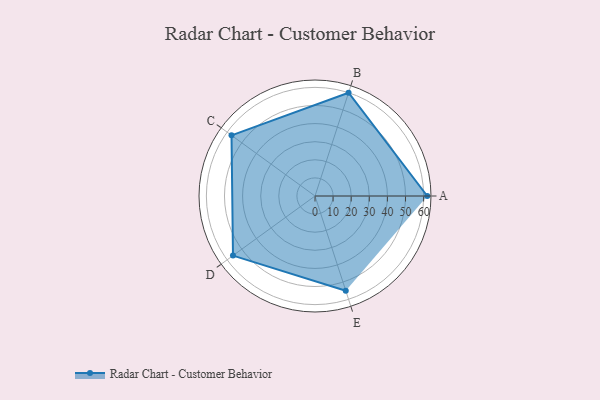
{"axis": {"x": "Skill", "y": "Score"}, "legend": ["Profile"], "data": [{"x": "A", "y": 62.0, "type": "Profile"}, {"x": "B", "y": 60.0, "type": "Profile"}, {"x": "C", "y": 57.0, "type": "Profile"}, {"x": "D", "y": 56.0, "type": "Profile"}, {"x": "E", "y": 55.0, "type": "Profile"}]}